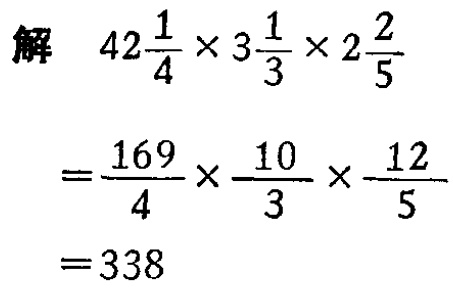
解

\[

\begin{align*}

42\frac{1}{4} \times 3\frac{1}{3} \times 2\frac{2}{5} &= \frac{169}{4} \times \frac{10}{3} \times \frac{12}{5}\\

&= 338

\end{align*}

\]